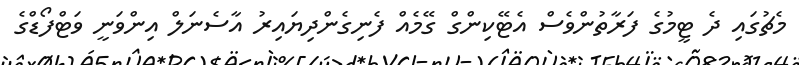
މެޗުގައި ދެ ޓީމުގެ ފަރާތުންވެސް އެޓޭކިންގް ގޭމެއް ފެނިގެންދިޔައިރު އާސެނަލް އިންވަނީ ވަޓްފޯޑްގެ